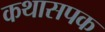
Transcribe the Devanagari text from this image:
कथासपक